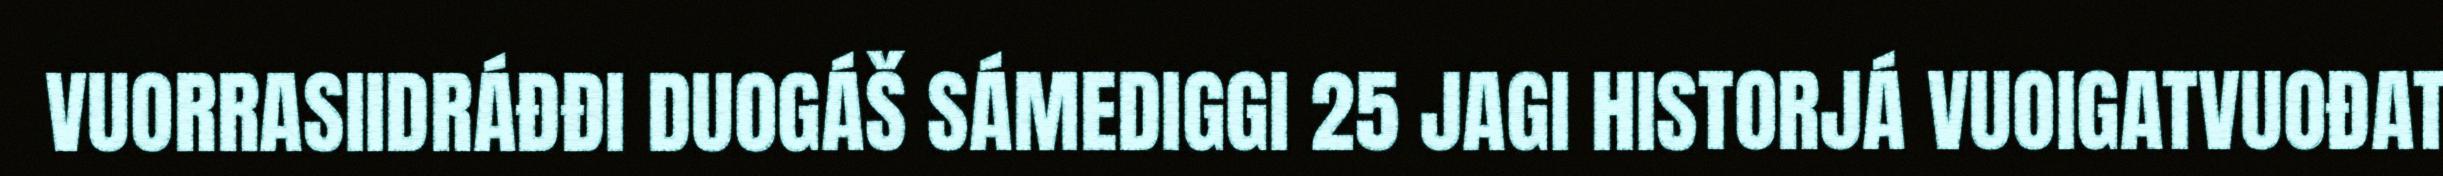
VUORRASIIDRÁĐĐI DUOGÁŠ SÁMEDIGGI 25 JAGI HISTORJÁ VUOIGATVUOĐAT